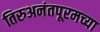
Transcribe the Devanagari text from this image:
तिरुअनंतपूरमच्या